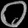
Digit: ၀